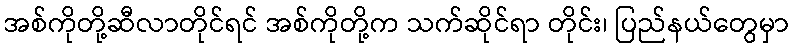
အစ်ကိုတို့ဆီလာတိုင်ရင် အစ်ကိုတို့က သက်ဆိုင်ရာ တိုင်း၊ ပြည်နယ်တွေမှာ